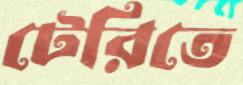
টেরিতে